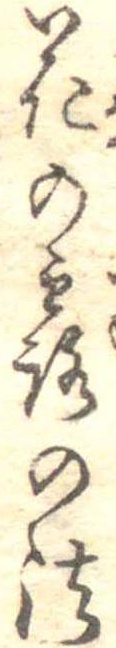
花の露の法